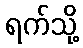
ရက်သို့